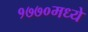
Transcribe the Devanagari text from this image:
१७७०मध्ये